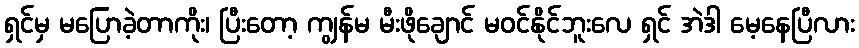
ရှင်မှ မပြောခဲ့တာကိုး၊ ပြီးတော့ ကျွန်မ မီးဖိုချောင် မဝင်နိုင်ဘူးလေ ရှင် အဲဒါ မေ့နေပြီလား